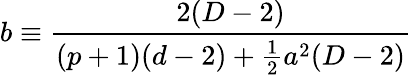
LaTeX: b\equiv\frac{2(D-2)}{(p+1)(d-2)+\frac{1}{2}a^{2}(D-2)}